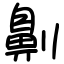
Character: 劓